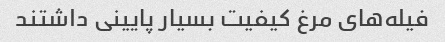
فیله‌های مرغ کیفیت بسیار پایینی داشتند